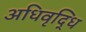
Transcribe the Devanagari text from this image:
अधिवृद्धि